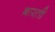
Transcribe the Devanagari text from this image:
बारती